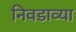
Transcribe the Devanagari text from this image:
निवडाव्या